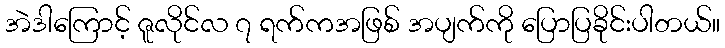
အဲဒါကြောင့် ဇူလိုင်လ ၇ ရက်ကအဖြစ် အပျက်ကို ပြောပြခိုင်းပါတယ်။